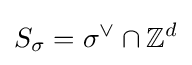
S_{\sigma }=\sigma ^{\vee }\cap \mathbb {Z} ^{d}